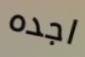
اجده